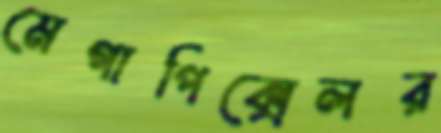
মেগাপিক্সেলর